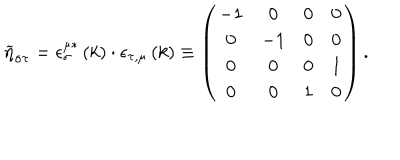
\widetilde { \eta } _ { \sigma \tau } = \epsilon _ { \sigma } ^ { \mu * } \left( k \right) \cdot \epsilon _ { \tau , \mu } \left( k \right) \equiv \left( \begin{array} { c c c c } { { - 1 } } & { { 0 } } & { { 0 } } & { { 0 } } \\ { { 0 } } & { { - 1 } } & { { 0 } } & { { 0 } } \\ { { 0 } } & { { 0 } } & { { 0 } } & { { 1 } } \\ { { 0 } } & { { 0 } } & { { 1 } } & { { 0 } } \\ \end{array} \right) .